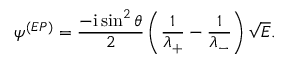
\psi ^ { ( E P ) } = \frac { - \mathrm { i } \sin ^ { 2 } \theta } { 2 } \left( \frac { 1 } { \lambda _ { + } } - \frac { 1 } { \lambda _ { - } } \right) \sqrt { E } .